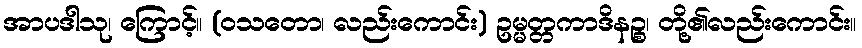
အာပဒါသု၊ ကြောင့်။ (ဝသတော၊ လည်းကောင်း) ဥမ္မတ္တကာဒိနဉ္စ၊ တို့၏လည်းကောင်း။